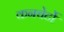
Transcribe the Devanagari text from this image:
कनचेर्टो